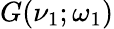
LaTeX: G(\nu_{1};\omega_{1})